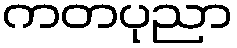
ကတပုညာ